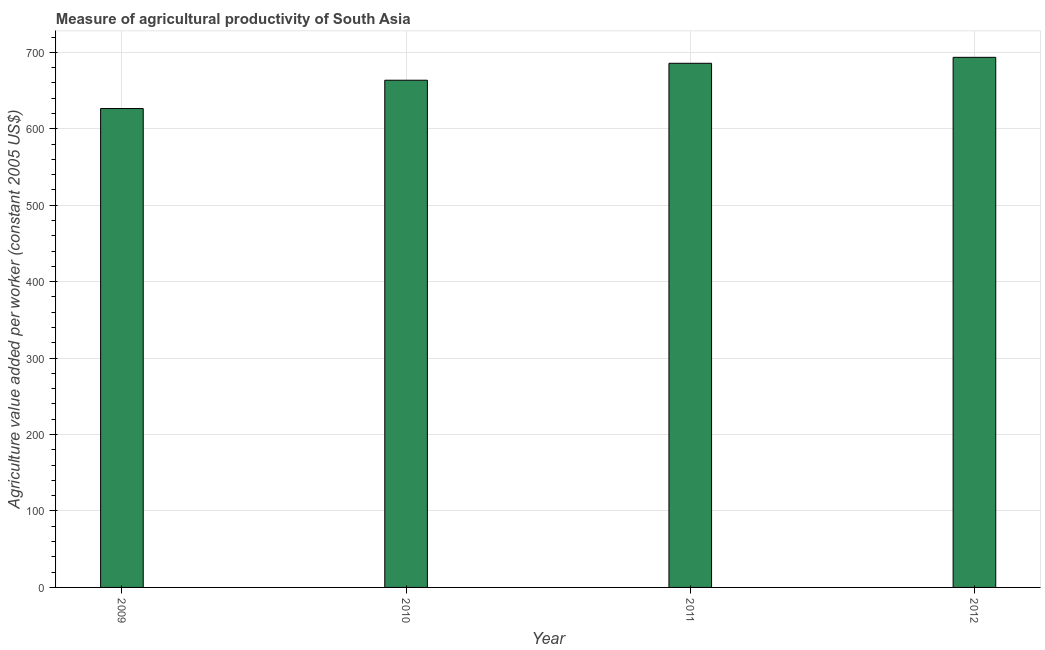
| Year | Agriculture value added per worker |
 | --- | --- |
 | 2009 | 627 |
 | 2010 | 664 |
 | 2011 | 686 |
 | 2012 | 694 |